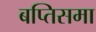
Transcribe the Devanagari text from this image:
बप्तिसमा